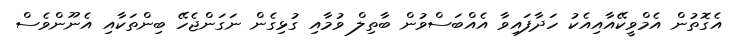
އެގޮތުން އެމްވީކޭއާއިއެކު ހަދާފައިވާ އެއްބަސްވުން ބާތިލް ވުމާއި ގުޅިގެން ނަގަންޖެހޭ ބިންތަކާއި އެނޫންވެސް